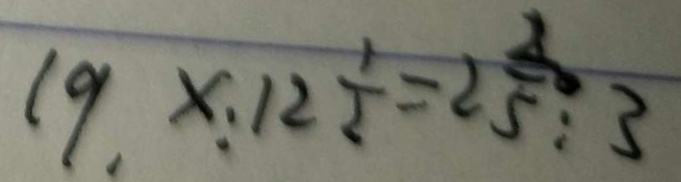
1 9 \times : 1 2 \frac { 1 } { 2 } = 2 \frac { 2 } { 5 } : 3